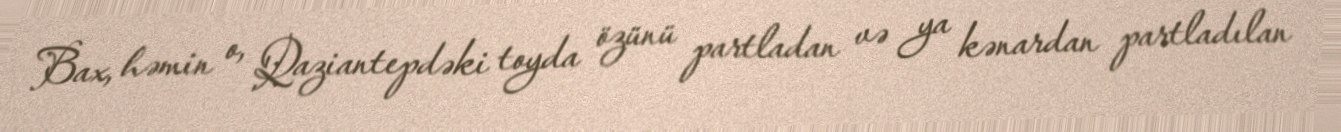
Bax, həmin o, Qaziantepdəki toyda özünü partladan və ya kənardan partladılan